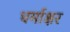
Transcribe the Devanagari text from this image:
धर्माक्षर